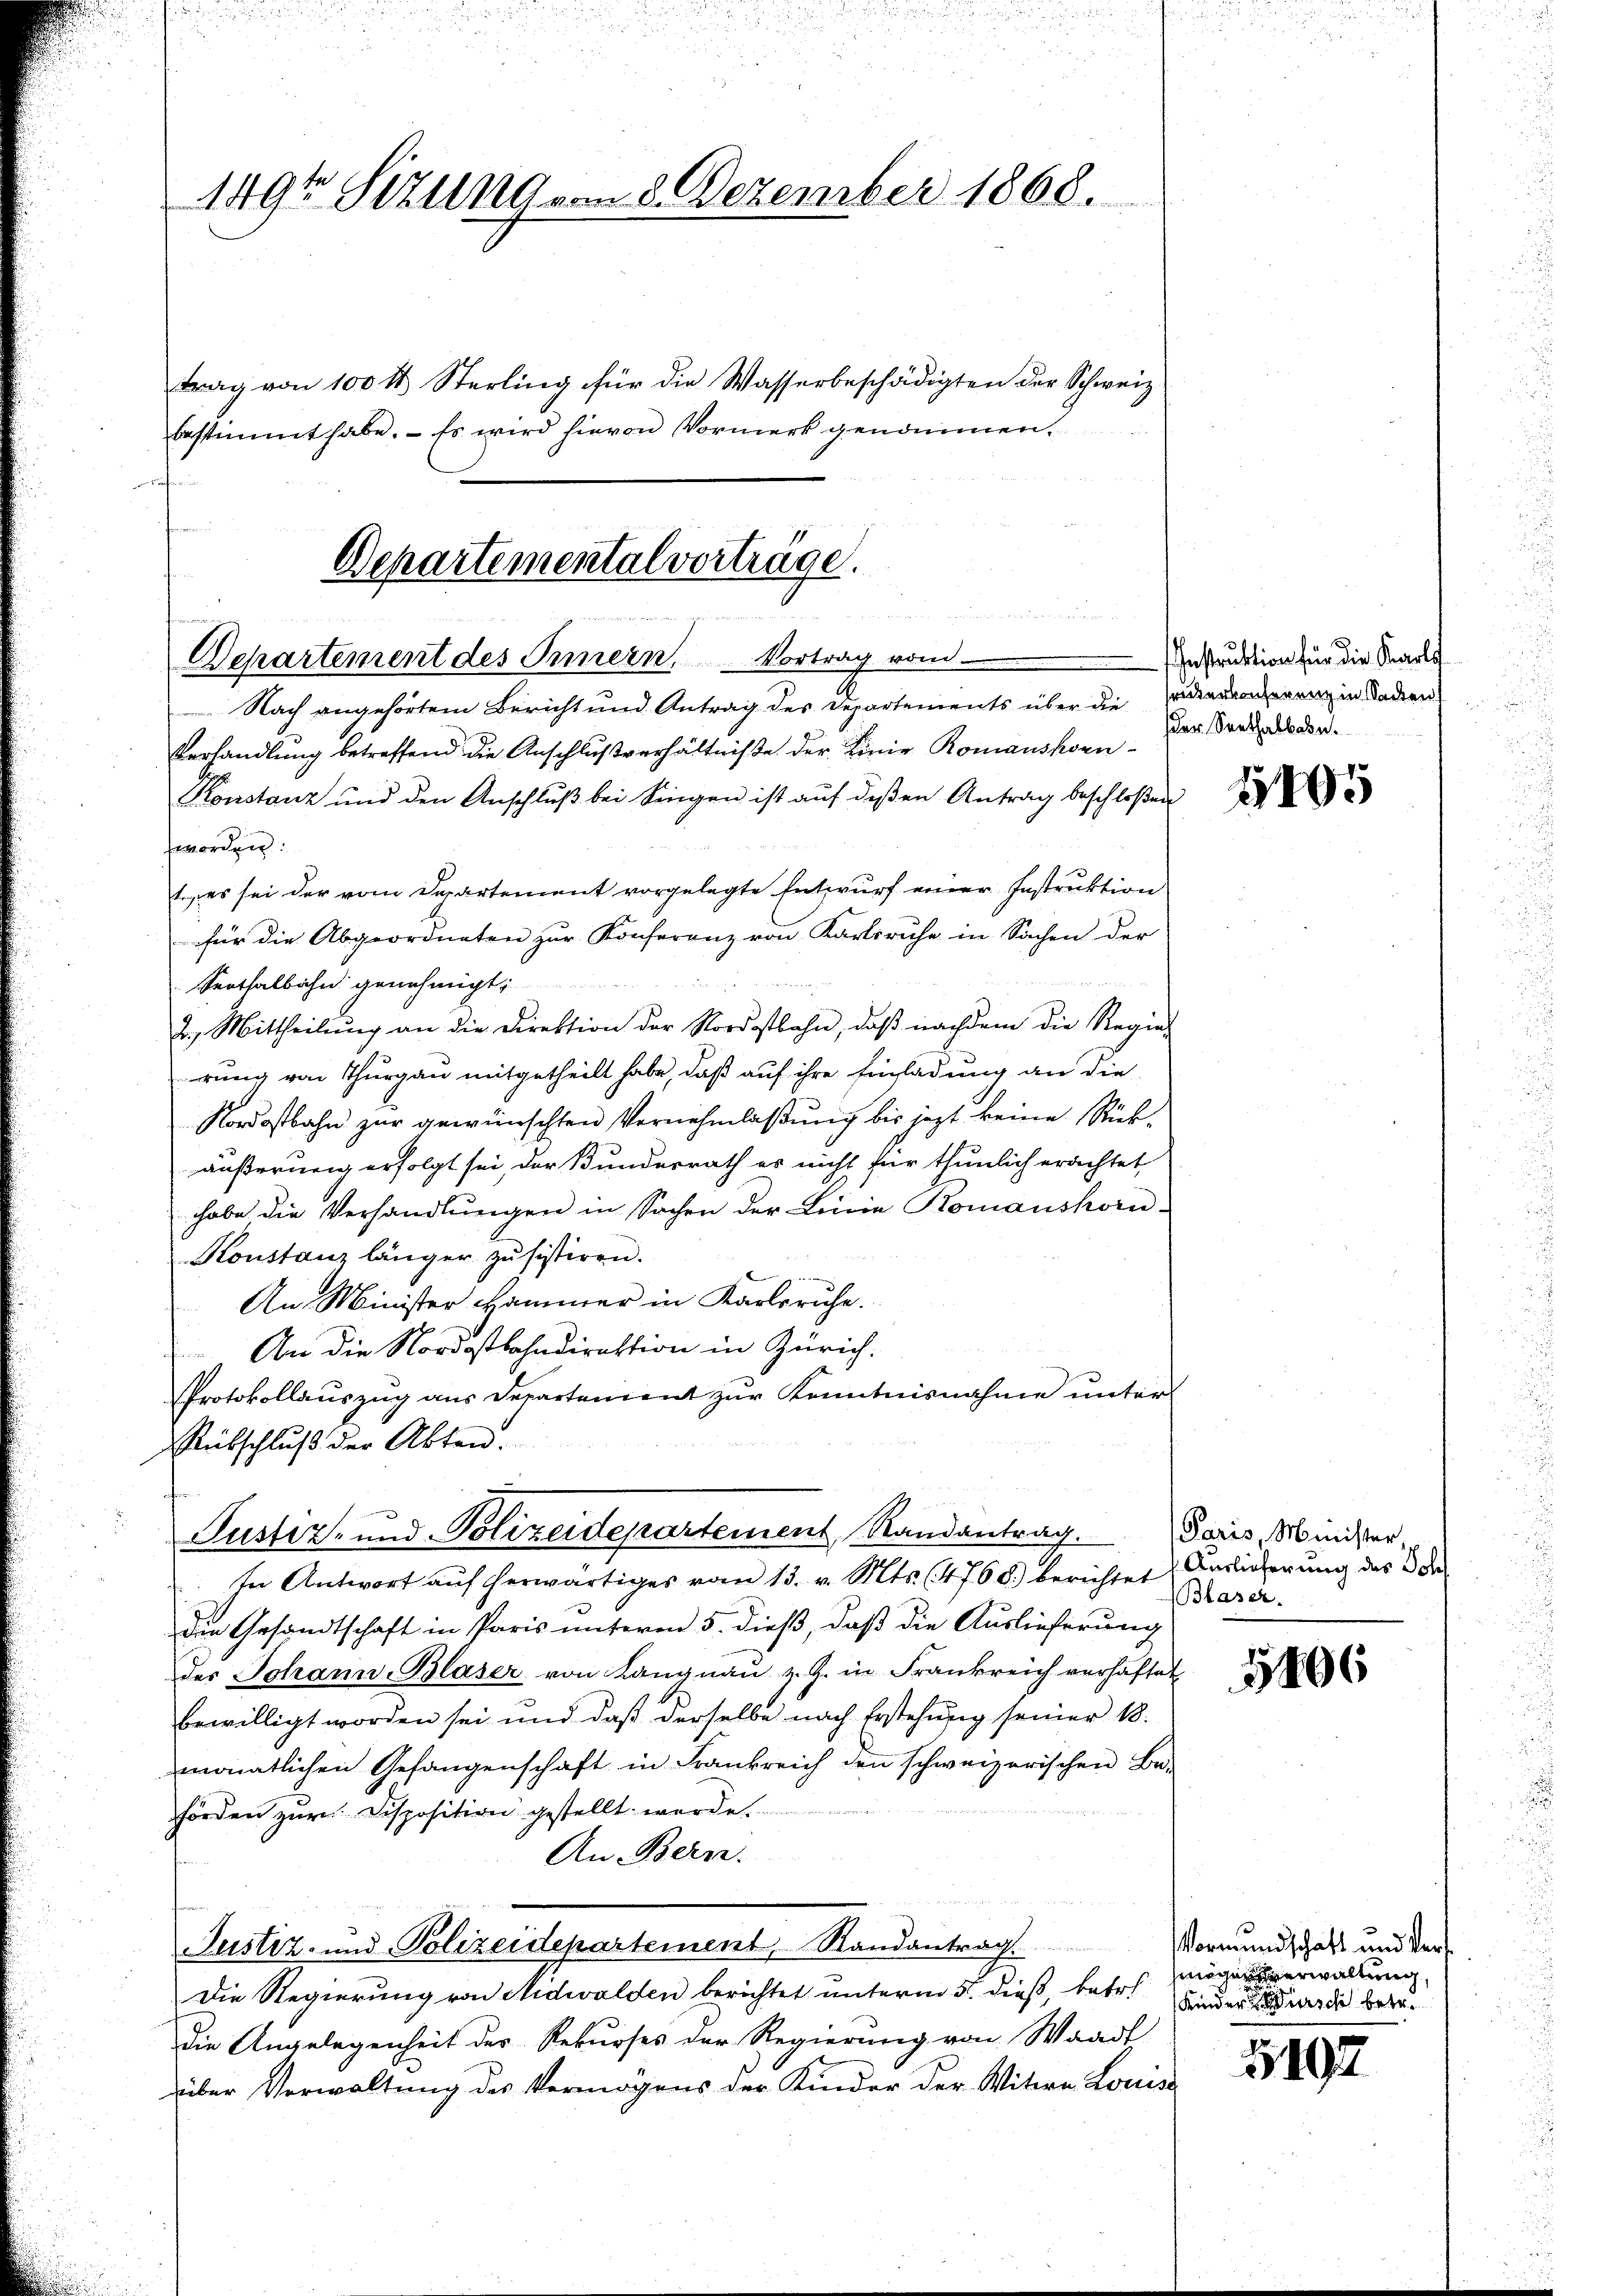
1491 Sitzung vom 8. Dezember 1868.

e

Departementalverträge.
g
N 22
Departement des Innern, Vortrag vom
 Nach angehörtem Bericht und Antrag des Departements über die darinnerung in Stadien

bestimmt habe. - Es wird hievon Vormerk genommen.

trag von 100 l. Sterling für die Wasserbeschädigten der Schweiz

Verhandlung betreffend die Anschlußverhältniße der Linie Romanshorn¬
Konstanz und den Anschluß bei Singen ist auf deßen Antrag beschloßen
worden.
t es sei der vom Departement vorgelegte Entwurf einer Instruktion
für die Abgeordneten zur Konferenz von Karlsruhe in Sachen der
Serthalbahn genehmigt,
2. Mittheilŭng an die Direktion der Nordostbahn, daβ nachdem die Regie-
rung von Thurgau mitgetheilt habe, daß auf ihre Einladung an die
Nordostbahn zur gewünschten Vernehmlassung bis jezt keine Rückäußerung erfolgt sei, der Bundesrath es nicht für thunlich erachtet
habe die Verhandlungen in Sachen der Linie Komanshorn-
Konstanz länger Zŭsistiren.
An Minister Hammer in Karlsruhe.
An die Nordostbahndirektion in Zürich.
Protokollauszug aus Departement zur Kenntnisnahme unter
Rübschlŭβ der Akten.
Justiz- und Polizeidepartement Randantrag.
In Antwort auf herwärtiges vom 13. v. Mts. (4768) berichtet
die Gesandtschaft in Paris unterm 5. dieß, daß die Auslieferung
des Johann-Blaser von Langnau z. Z. in Frankreich verhaftet
bewilligt worden sei und daß derselbe nach Erstehung seiner 18.
monatlichen Gefangenschaft in Frankreich den schweizerischen Be-
förden zŭr Disposition gestellt werde.
An Bern.
Justiz- und Polizeidepartement, Randantrag.
Die Regierung von Nidwalden berichtet unterm 5. dieß, betr.
die Angelegenheit des Rekurses der Regierung von Waadt
über Verwaltung des Vermögens der Kinder der Witwe Louise

hnstruktion für die Karl
der Seethalbabe.

1105

Paris, Minister,
Auslieferung des Schl
Blaser

1406

Vormundschaft und Vers
mögen erwaltung,
Kinder ursch betr.

5192